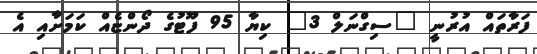
ފަރާތައް އުރުނީ "ސިގްނަލް 3" ކިޔާ 95 ފޫޓުގެ ދޯންޏެއް ކަމަށާއި އެ